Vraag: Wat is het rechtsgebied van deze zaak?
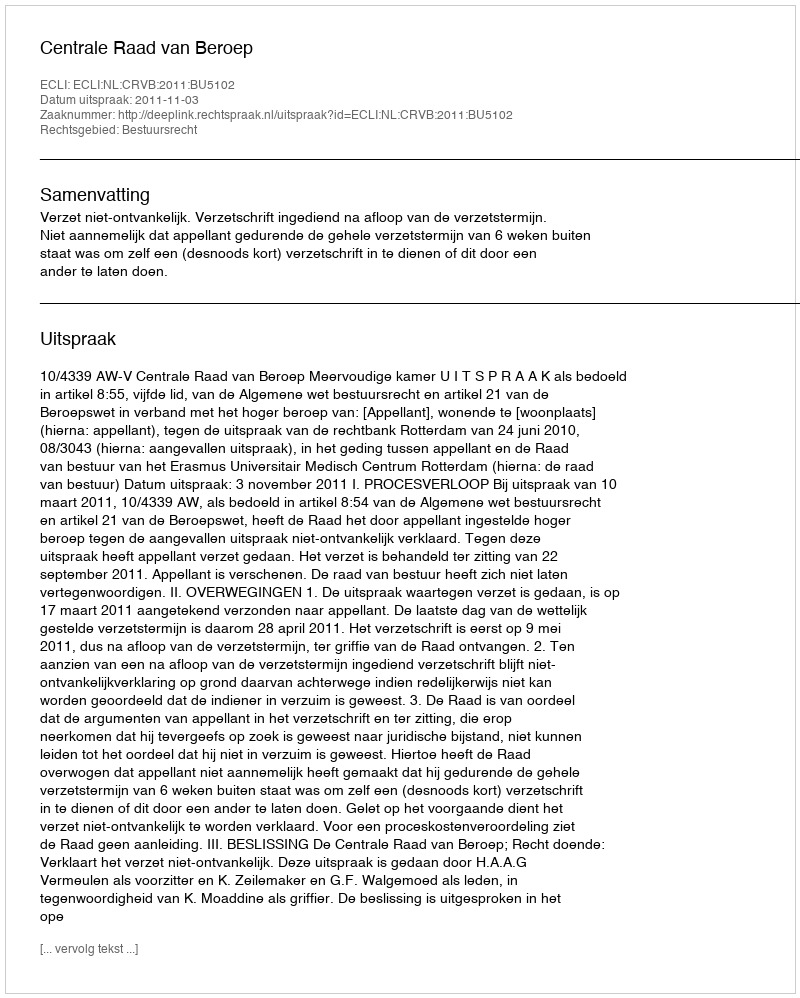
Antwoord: Bestuursrecht